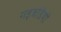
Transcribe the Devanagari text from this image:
गड़बडियों